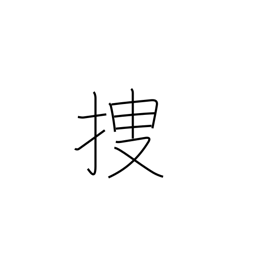
Meaning: locate